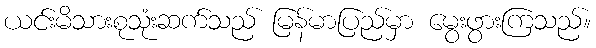
ယင်းမိသားစုသုံးဆက်သည် မြန်မာပြည်မှာ မွေးဖွားကြသည်။